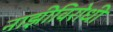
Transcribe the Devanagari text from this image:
नाझीविरोधी